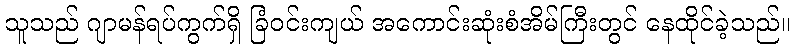
သူသည် ဂျာမန်ရပ်ကွက်ရှိ ခြံဝင်းကျယ် အကောင်းဆုံးစံအိမ်ကြီးတွင် နေထိုင်ခဲ့သည်။